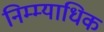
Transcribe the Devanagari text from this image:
निम्म्याधिक